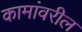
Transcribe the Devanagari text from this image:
कामांवरील